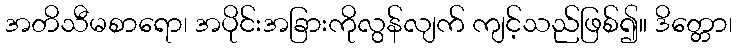
အတိသီမစာရော၊ အပိုင်းအခြားကိုလွန်လျက် ကျင့်သည်ဖြစ်၍။ ဒိတ္တော၊